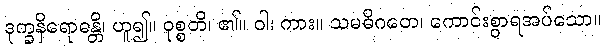
ဒုက္ခနိရောဓန္တိ၊ ဟူ၍။ ဝုစ္စတိ၊ ၏။ ဝါ၊ ကား။ သမဓိဂတေ၊ ကောင်းစွာရအပ်သော။